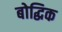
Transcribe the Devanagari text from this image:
बोद्धिक